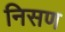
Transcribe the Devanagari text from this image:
निसण